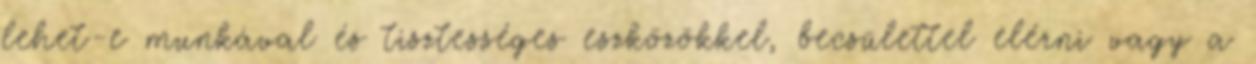
lehet-e munkával és tisztességes eszközökkel, becsülettel elérni vagy a